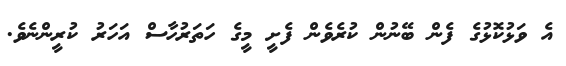
އެ ވަޅުކޮޅުގެ ފެން ބޭނުން ކުރެވެން ފެށީ މީގެ ހަތަރުހާސް އަހަރު ކުރީންނެވެ.